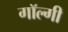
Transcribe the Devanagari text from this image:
गॉल्गी